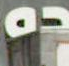
ده